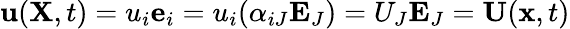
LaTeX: \mathbf{u}(\mathbf{X},t)=u_{i}\mathbf{e}_{i}=u_{i}(\alpha_{iJ}\mathbf{E}_{J})=U_{J}\mathbf{E}_{J}=\mathbf{U}(\mathbf{x},t)